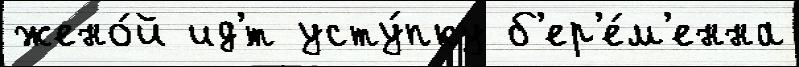
жено́й ид'́т усту́пку б'ер'е́м'енна